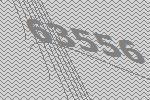
63556